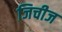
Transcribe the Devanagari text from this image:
जिचीज